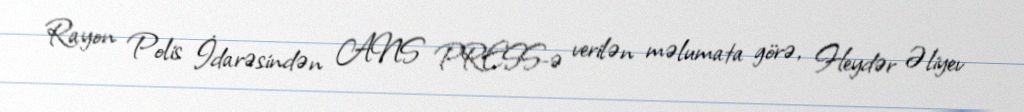
Rayon Polis İdarəsindən ANS PRESS-ə verilən məlumata görə, Heydər Əliyev